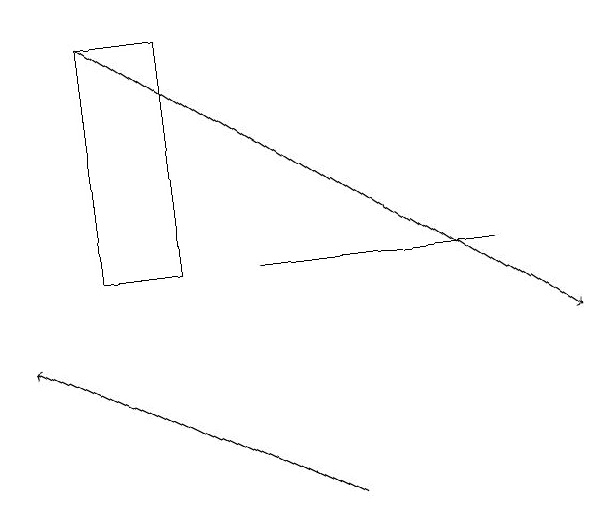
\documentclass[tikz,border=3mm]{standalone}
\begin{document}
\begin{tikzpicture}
\draw[->] (4,11) -- (0,13);
\draw (1,14) rectangle (2,17);
\draw[->] (1,17) -- (7,13);
\draw (6,14) rectangle (3,14);
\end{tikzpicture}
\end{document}